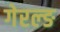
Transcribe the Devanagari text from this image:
गेरल्ङ